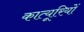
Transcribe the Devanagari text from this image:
कात्यूरियों